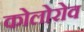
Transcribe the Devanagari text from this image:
कोलोरोव